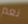
نعم